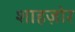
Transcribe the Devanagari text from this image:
शाहज़ोर